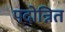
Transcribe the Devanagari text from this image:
पदोन्नित